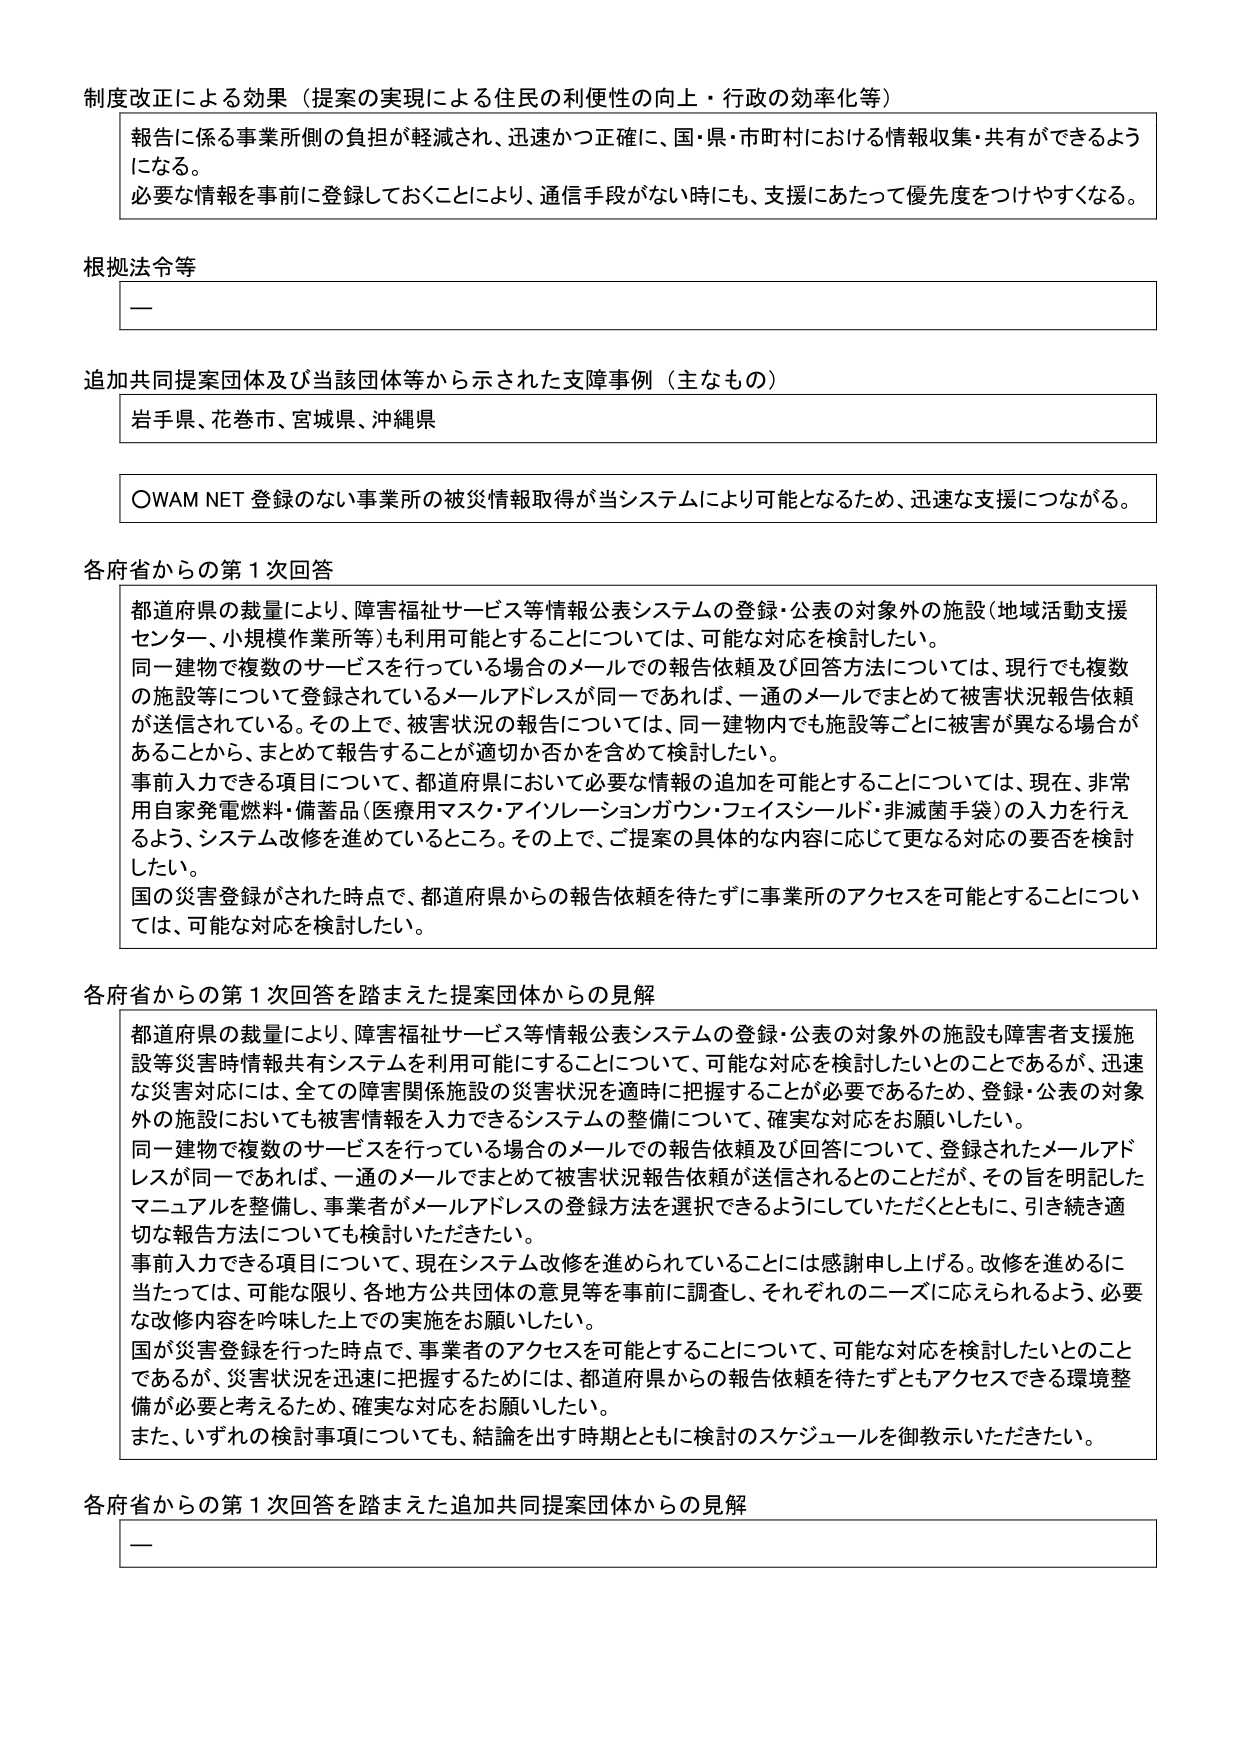
制度改正による効果（提案の実現による住民の利便性の向上・行政の効率化等）
報告に係る事業所側の負担が軽減され、迅速かつ正確に、国・県・市町村における情報収集・共有ができるようになる。
必要な情報を事前に登録しておくことにより、通信手段がない時にも、支援にあたって優先度をつけやすくなる。

根拠法令等
ー

追加共同提案団体及び当該団体等から示された支障事例（主なもの）
岩手県、花巻市、宮城県、沖縄県

○WAM NET 登録のない事業所の被災情報取得が当システムにより可能となるため、迅速な支援につながる。

各府省からの第1次回答
都道府県の裁量により、障害福祉サービス等情報公表システムの登録・公表の対象外の施設（地域活動支援センター、小規模作業所等）も利用可能とすることについては、可能な対応を検討したい。
同一建物で複数のサービスを行っている場合のメールでの報告依頼及び回答方法については、現行でも複数の施設等について登録されているメールアドレスが同一であれば、一通のメールでまとめて被害状況報告依頼が送信されている。その上で、被害状況の報告については、同一建物内でも施設等ごとに被害が異なる場合があることから、まとめて報告することが適切か否かを含めて検討したい。
事前入力できる項目について、都道府県において必要な情報の追加を可能とすることについては、現在、非常用自家発電燃料・備蓄品（医療用マスク・アイソレーションガウン・フェイスシールド・非滅菌手袋）の入力を行えるよう、システム改修を進めているところ。その上で、ご提案の具体的な内容に応じて更なる対応の要否を検討したい。
国の災害登録がされた時点で、都道府県からの報告依頼を待たずに事業所のアクセスを可能とすることについては、可能な対応を検討したい。

各府省からの第1次回答を踏まえた提案団体からの見解
都道府県の裁量により、障害福祉サービス等情報公表システムの登録・公表の対象外の施設も障害者支援施設等災害時情報共有システムを利用可能にすることについて、可能な対応を検討したいとのことであるが、迅速な災害対応には、全ての障害関係施設の災害状況を適時に把握することが必要であるため、登録・公表の対象外の施設においても被害情報を入力できるシステムの整備について、確実な対応をお願いしたい。
同一建物で複数のサービスを行っている場合のメールでの報告依頼及び回答について、登録されたメールアドレスが同一であれば、一通のメールでまとめて被害状況報告依頼が送信されるとのことだが、その旨を明記したマニュアルを整備し、事業者がメールアドレスの登録方法を選択できるようにしていただくとともに、引き続き適切な報告方法についても検討いただきたい。
事前入力できる項目について、現在システム改修を進められていることには感謝申し上げる。改修を進めるに当たっては、可能な限り、各地方公共団体の意見等を事前に調査し、それぞれのニーズに応えられるよう、必要な改修内容を吟味した上での実施をお願いしたい。
国が災害登録を行った時点で、事業者のアクセスを可能とすることについて、可能な対応を検討したいとのことであるが、災害状況を迅速に把握するためには、都道府県からの報告依頼を待たずともアクセスできる環境整備が必要と考えるため、確実な対応をお願いしたい。
また、いずれの検討事項についても、結論を出す時期とともに検討のスケジュールを御教示いただきたい。

各府省からの第1次回答を踏まえた追加共同提案団体からの見解
ー